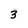
Character: 3